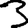
Digit: 3